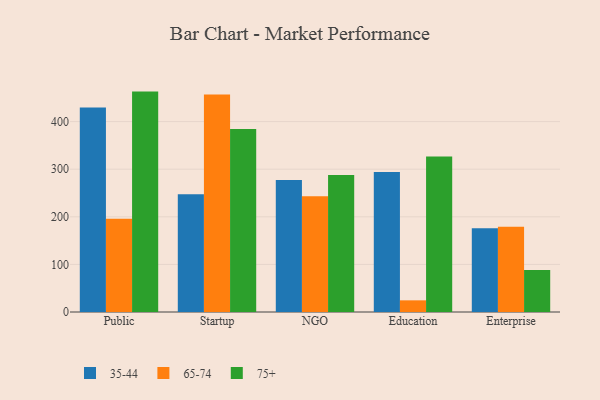
{"axis": {"x": "Segment", "y": "Temperature (°C)"}, "legend": ["35-44", "65-74", "75+"], "data": [{"x": "Public", "y": 429.4, "type": "35-44"}, {"x": "Public", "y": 196.1, "type": "65-74"}, {"x": "Public", "y": 463.0, "type": "75+"}, {"x": "Startup", "y": 247.3, "type": "35-44"}, {"x": "Startup", "y": 457.0, "type": "65-74"}, {"x": "Startup", "y": 384.6, "type": "75+"}, {"x": "NGO", "y": 277.2, "type": "35-44"}, {"x": "NGO", "y": 243.2, "type": "65-74"}, {"x": "NGO", "y": 288.0, "type": "75+"}, {"x": "Education", "y": 294.3, "type": "35-44"}, {"x": "Education", "y": 24.5, "type": "65-74"}, {"x": "Education", "y": 326.7, "type": "75+"}, {"x": "Enterprise", "y": 176.0, "type": "35-44"}, {"x": "Enterprise", "y": 178.9, "type": "65-74"}, {"x": "Enterprise", "y": 88.4, "type": "75+"}]}